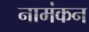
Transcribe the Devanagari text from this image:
नामंकन